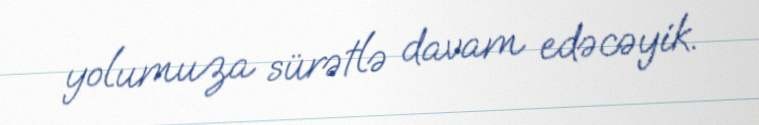
yolumuza sürətlə davam edəcəyik.